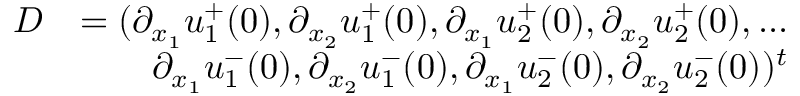
\begin{array} { r l } { D } & { = ( \partial _ { x _ { 1 } } u _ { 1 } ^ { + } ( 0 ) , \partial _ { x _ { 2 } } u _ { 1 } ^ { + } ( 0 ) , \partial _ { x _ { 1 } } u _ { 2 } ^ { + } ( 0 ) , \partial _ { x _ { 2 } } u _ { 2 } ^ { + } ( 0 ) , . . . } \\ & { \qquad \partial _ { x _ { 1 } } u _ { 1 } ^ { - } ( 0 ) , \partial _ { x _ { 2 } } u _ { 1 } ^ { - } ( 0 ) , \partial _ { x _ { 1 } } u _ { 2 } ^ { - } ( 0 ) , \partial _ { x _ { 2 } } u _ { 2 } ^ { - } ( 0 ) ) ^ { t } } \end{array}